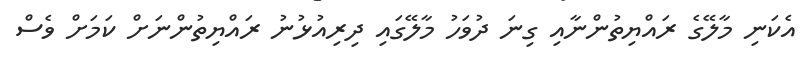
އެކަނި މާލޭގެ ރައްޔިތުންނާއި ގިނަ ދުވަހު މާލޭގައި ދިރިއުޅުނު ރައްޔިތުންނަށް ކަމަށް ވެސް